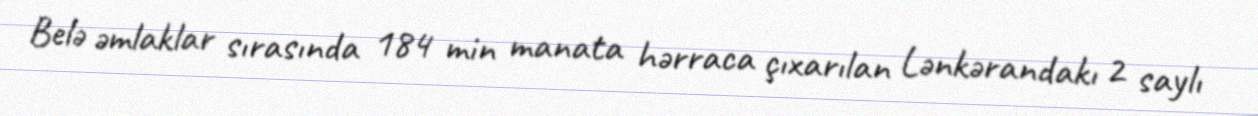
Belə əmlaklar sırasında 184 min manata hərraca çıxarılan Lənkərandakı 2 saylı